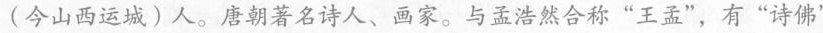
(今山西运城)人。唐朝著名诗人、画家。与孟浩然合称”王孟”，有”诗佛”